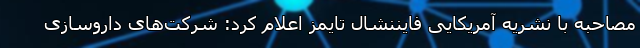
مصاحبه با نشریه آمریکایی فایننشال تایمز اعلام کرد: شرکت‌های داروسازی